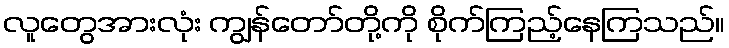
လူတွေအားလုံး ကျွန်တော်တို့ကို စိုက်ကြည့်နေကြသည်။